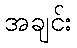
အချင်း